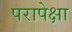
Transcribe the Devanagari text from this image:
परापेक्षा